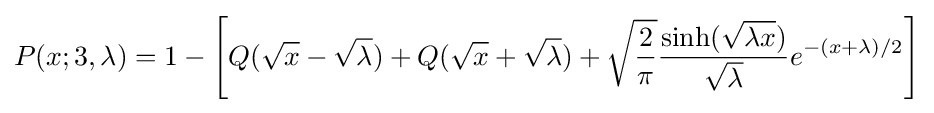
P(x;3,\lambda )=1-\left[Q({\sqrt {x}}-{\sqrt {\lambda }})+Q({\sqrt {x}}+{\sqrt {\lambda }})+{\sqrt {\frac {2}{\pi }}}{\frac {\sinh({\sqrt {\lambda x}})}{\sqrt {\lambda }}}e^{-(x+\lambda )/2}\right]